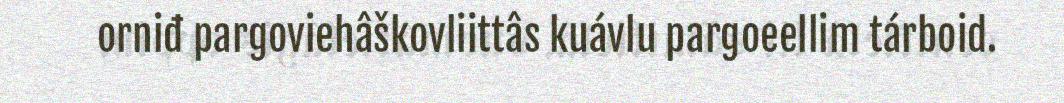
orniđ pargoviehâškovliittâs kuávlu pargoeellim tárboid.